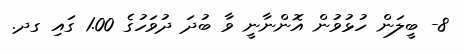
8- ބީލަން ހުޅުވުން އޮންނާނީ ވާ ބުދަ ދުވަހުގެ 1.00 ގައި ގދ.